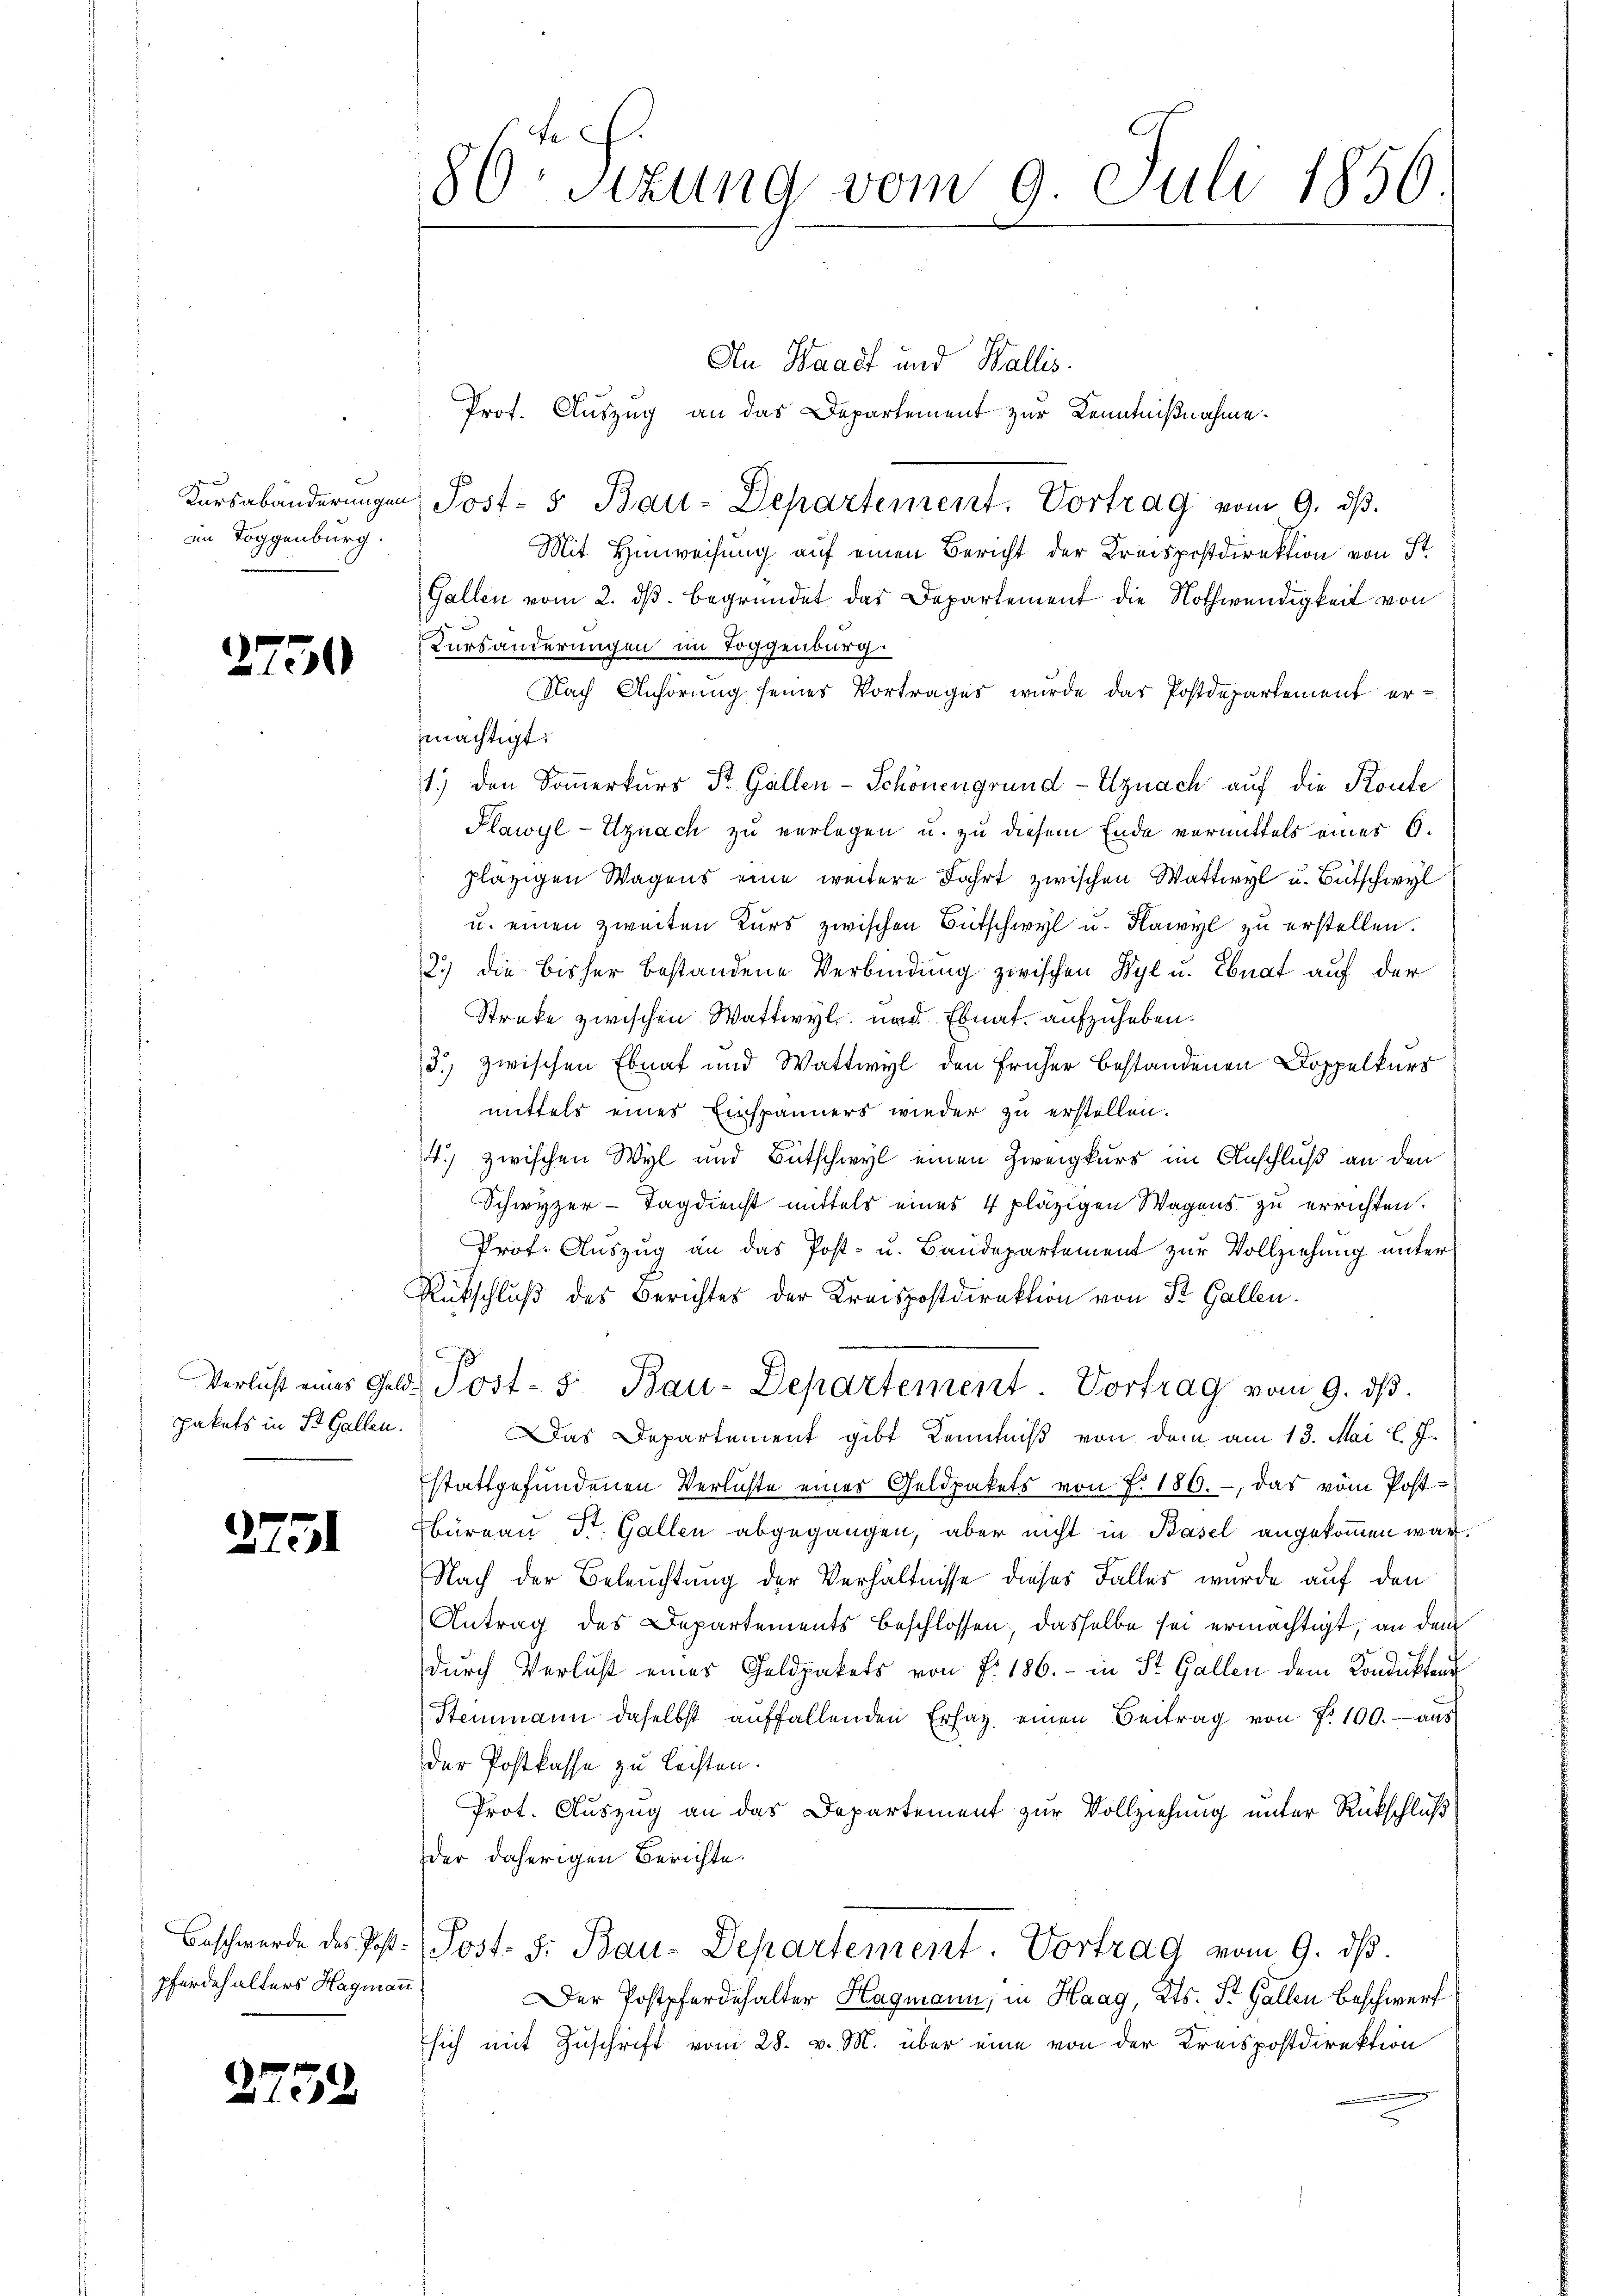
im Toggenburg.

2750

pakets in St. Gallen.

2751

Pferdehalters Hagmann

2752

86 Sizung vom 9. Juli 1856.

An Waadt und Wallis.
Prof. Auszug an das Departement zur Kenntnißnahme.
Kŭrsabänderŭngen Post- & Bau-Departement. Vortrag vom 9. dβ.
Mit Hinweisung auf einen Bericht der Kreispostdirektion von St
Gallen vom 2. ds. begründet das Departement die Nothwendigkeit von
Kursänderungen im Toggenburg.
Nach Anhörung seiner Vortrages wurde der Postdepartement ermächtigt:
1.) den Somerkurs St. Gallen-Schönengrund - Egnach auf die Konte
Plawyl-Uznach zu verlegen u. zu diesem Ende vermittels einer 6.
zläzigen Wagens eine weitere Fahrt zwischen Wattwyl u. Bütschwyl
u. einen zweiten Kurs zwischen Bütschwyl u. Rawyl zu erstellen.
2.) die bisher bestandene Verbindung zwischen Wyl u. Ebnat auf der
Streke zwischen Wattwyl und Ebnat, aufzuheben.
d.) zwischen Ebnat und Wattwyl den früher bestandenen Doppelkurs
mittels eines Einspänners wieder zu erstellen.
4.) zwischen Wyl und Bütschwyl einen Zweigkurs im Anschluß an den
Schwyzer-Tagdienst mittels eines 4 pläzigen Wagens zu errichten.
Prof. Auszug an das Post- u. Baudepartement zur Vollziehung unter¬
Rückschluß des Berichtes der Kreispostdirektion von St. Gallen.
s
Verlust eines Geld. Post- 5. Bau-Departement. Vortrag vom 9. dβ.
Das Departement gibt Kenntniß von dem am 13. Mai. l. J.
stattgefundenen Verlichte einer Geldpakets von f. 186. -, das vom Post-
Büreau St. Gallen abgegangen, aber nicht in Basel angekommen war.
Nach der Beleuchtung der Verhältnisse dieses Falles wurde auf den
Antrag des Departements beschlossen, dasselbe sei ermächtigt, an dem
durch Verlust eines Geldpakets von f. 186. - in St. Gallen dem Kondukten
Steinmann daselbst auffallenden Erlag einen Beitrag von P. 100.- aus
der Postkasse zu leisten.
Prot. Auszug an das Departement zur Vollziehung unter Rückschluß
der daherigen Berichte.
Beschwerde des Post. Post. S. Bau-Departement. Vortrag vom 9. dβ.
Der Postpferdehalter Hagmann, in Haag, Kts. St. Gallen Beschwerf
sich mit Zuschrift vom 28. v. M. über eine von der Kreispostdirektion